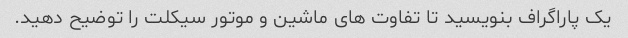
یک پاراگراف بنویسید تا تفاوت های ماشین و موتور سیکلت را توضیح دهید.